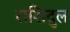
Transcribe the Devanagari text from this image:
राशिदुल